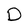
Character: D